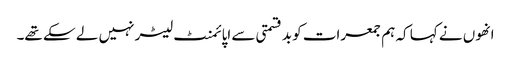
انھوں نے کہا کہ ہم جمعرات کو بدقسمتی سے اپائمنٹ لیٹر نہیں لے سکے تھے۔